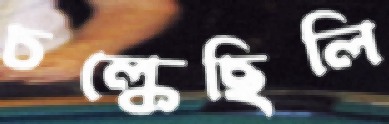
চল্‌কেছিলি